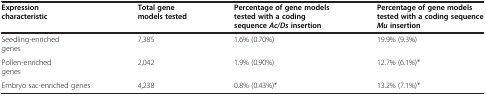
<table><thead><tr><td><b>Expression characteristic</b></td><td><b>Total gene models tested</b></td><td><b>Percentage of gene models tested with a codingsequence<i>Ac/Ds</i>insertion</b></td><td><b>Percentage of gene models tested with a codingsequence<i>Mu</i>insertion</b></td></tr></thead><tbody><tr><td>Seedling-enriched genes</td><td>7,385</td><td>1.6% (0.70%)</td><td>19.9% (9.3%)</td></tr><tr><td>Pollen-enriched genes</td><td>2,042</td><td>1.9% (0.90%)</td><td>12.7% (6.1%)*</td></tr><tr><td>Embryo sac-enriched genes</td><td>4,238</td><td>0.8% (0.43%)*</td><td>13.2% (7.1%)*</td></tr></tbody></table>